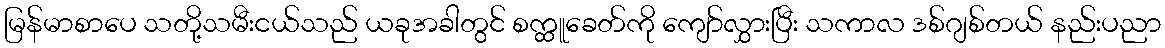
မြန်မာစာပေ သတို့သမီးငယ်သည် ယခုအခါတွင် စက္ထူခေတ်ကို ကျော်လွှားပြီး သကာလ ဒစ်ဂျစ်တယ် နည်းပညာ